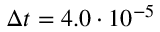
\Delta t = 4 . 0 \cdot 1 0 ^ { - 5 }